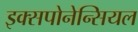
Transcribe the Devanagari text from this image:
इक्सपोनेन्सियल